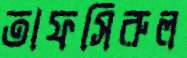
তাফসিরুল